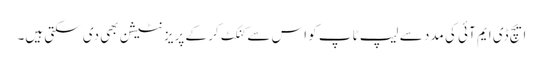
ایچ ڈی ایم آئی کی مدد سے لیپ ٹاپ کو اس سے کنکٹ کر کے پریزنٹیشن بھی دی سکتی ہیں۔